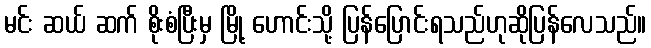
မင်း ဆယ် ဆက် စိုးစံပြီးမှ မြို့ ဟောင်းသို့ ပြန်ပြောင်းရသည်ဟုဆိုပြန်လေသည်။